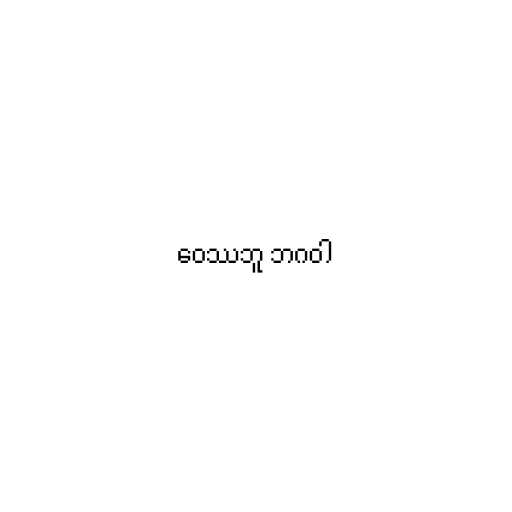
ဝေဿဘူ ဘဂဝါ